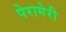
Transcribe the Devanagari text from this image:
पेरामेरी